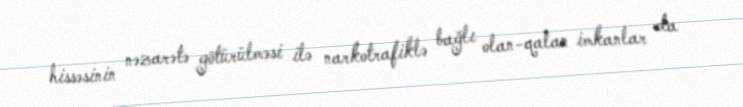
hissəsinin nəzarətə götürülməsi ilə narkotrafiklə bağlı olan-qalan imkanlar da